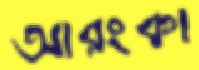
আরংকা